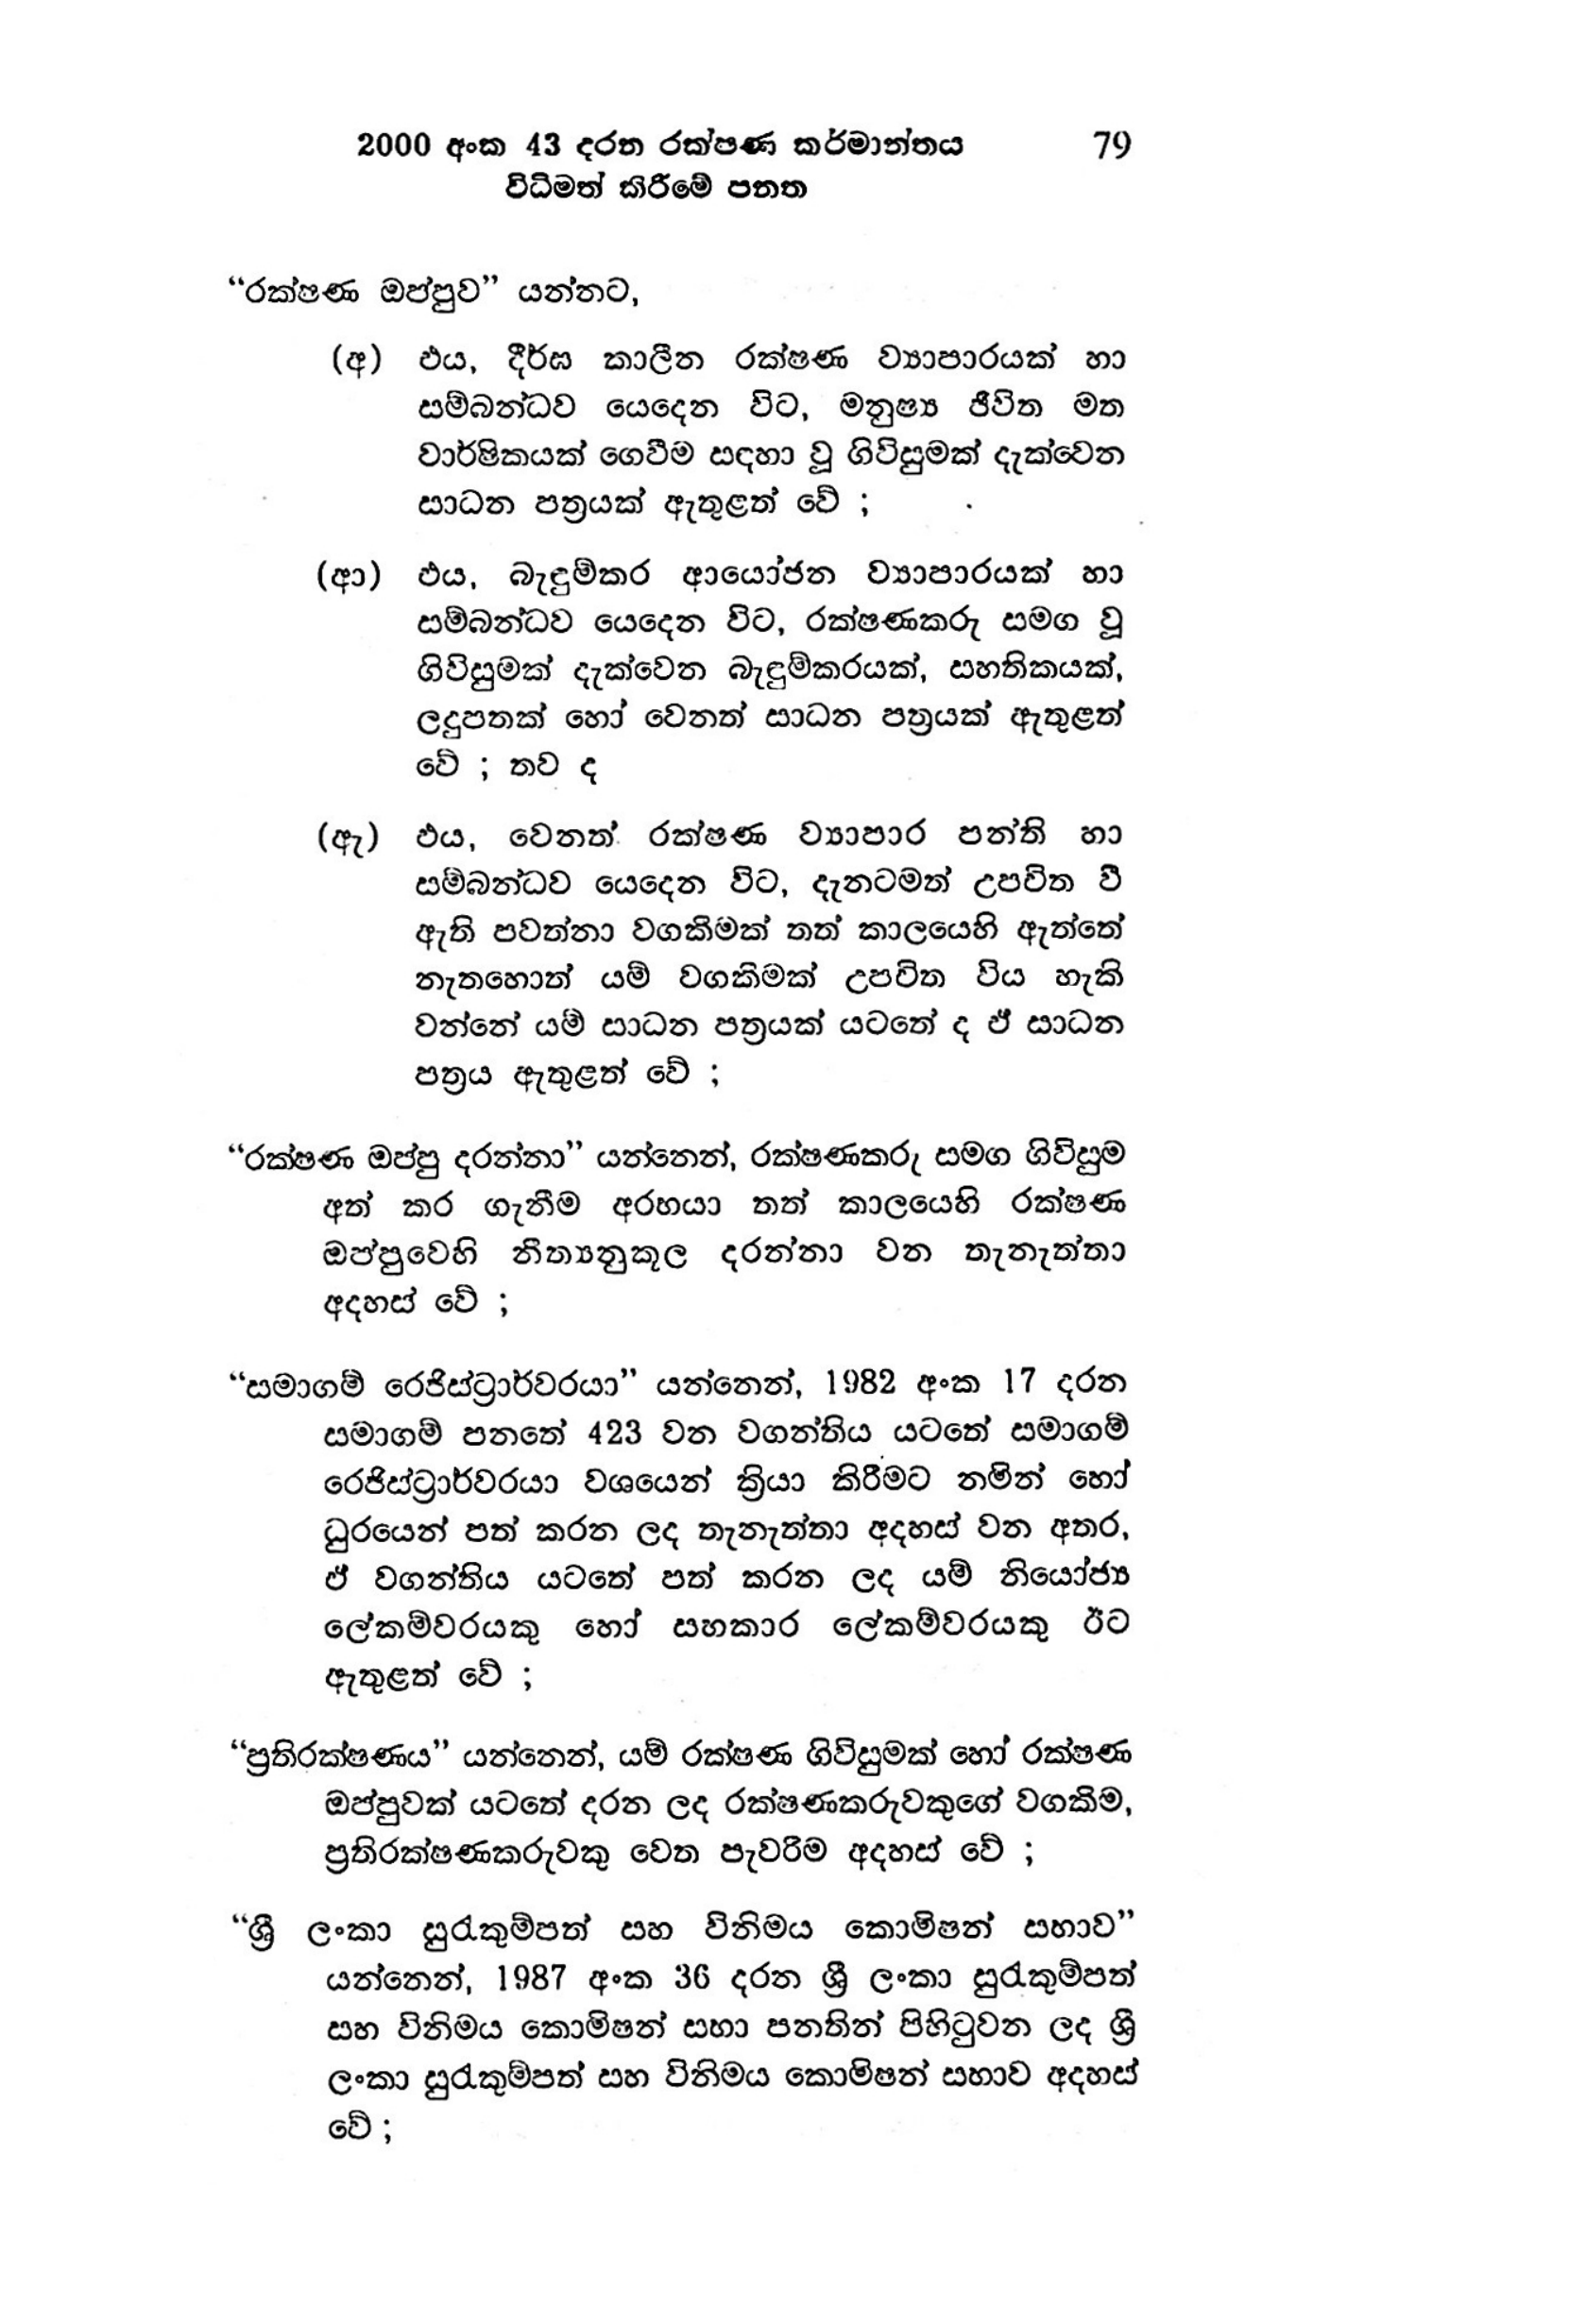
2000 අංක 43 දරන රක්ෂණ කර්මාන්තය 79
විධිමත් කිරීමේ පනත

“රක්ෂණ ඔප්පුව” යන්නට,

(අ) එය, දීර්ඝ කාලීන රක්ෂණ ව්‍යාපාරයක් හා
සම්බන්ධව යෙදෙන විට, මනුෂ්‍ය ජිවිත මත
වාර්ෂිකයක් ගෙවීම සඳහා වූ ගිවිසුමක් දැක්වෙන
සාධන පත්‍රයක් ඇතුළත් වේ ;

(ආ) එය, බැඳුම්කර ආයෝජන ව්‍යාපාරයක් හා
සම්බන්ධව යෙදෙන විට, රක්ෂණකරු සමග වූ
ගිවිසුමක් දැක්වෙන බැඳුම්කරයක්, සහතිකයක්,
ලදුපතක් හෝ වෙනත් සාධන පත්‍රයක් ඇතුළත්
වේ ; තව ද

(ඇ) ඵය, වෙනත් රක්ෂණ ව්‍යාපාර පන්ති හා
සම්බන්ධව යෙදෙන විට, දැනටමත් උපවිත වී
ඇති පවත්නා වගකිමක් තත් කාලයෙහි ඇත්තේ
නැතහොත් යම් වගකිමක් උපවිත විය හැකි
වන්නේ යම් සාධන පත්‍රයක් යටතේ ද ඒ සාධන
පත්‍රය ඇතුළත් වේ ;

“රක්ෂණ ඔප්පු දරන්නා’” යන්නෙන්, රක්ෂණකරු සමග ගිවිසුම
අත් කර ගැනීම අරභයා තත් කාලයෙහි රක්ෂණ
ඔප්පුවෙහි නීත්‍යනුකූල දරන්නා වන තැනැත්තා
අදහස් වේ ;

" සමාගම් රෙජිස්ට්‍රාර්වරයා” යන්නෙන්, 1982 අංක 17 දරන
සමාගම් පනතේ 423 වන වගන්තිය යටතේ සමාගම්
රෙජිස්ට්‍රාර්වරයා වශයෙන් ක්‍රියා කිරීමට නමින් හෝ
ධුරයෙන් පත් කරන ලද තැනැත්තා අදහස් වන අතර,
ඒ වගන්තිය යටතේ පත් කරන ලද යම් නියෝජ්‍ය
ලේකම්වරයකු හෝ සහකාර ලේකම්වරයකු ඊට
ඇතුළත් වේ ;

“ප්‍රතිරක්ෂණය” යන්නෙන්, යම් රක්ෂණ ගිවිසුමක් හෝ රක්ෂණ
ඔප්පුවක් යටතේ දරන ලද රක්ෂණකරුවකුගේ වගකීම,
ප්‍රතිරක්ෂණකරුවකු වෙත පැවරීම අදහස් වේ ;

“ශ්‍රී ලංකා සුරැකුම්පත් සහ විනිමය කොමිෂන් සභාව"
යන්නෙන්, 1987 අංක 36 දරන ශ්‍රී ලංකා සුරැකුම්පත්
සහ විනිමය කොමිෂන් සභා පනතින් පිහිටුවන ලද ශ්‍රී
ලංකා සුරැකුම්පත් සහ විනිමය කොමිෂන් සභාව අදහස්
වේ;